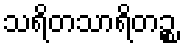
သရိတသာရိတဉ္စ